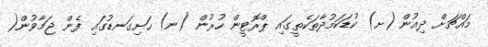
މައްޗަށް ދިއުން (ށ) ކުޑަކަމުދާތަކެތީގައި ޕްރޮޓީން ހުރުން (ނ) ހަށިގަނޑުގައި ފެން ޖަމާވުން(